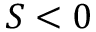
S < 0